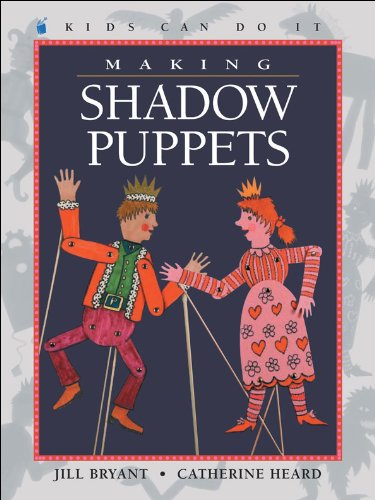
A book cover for Making Shadow Puppets (Kids Can Do It); Jill Bryant; Crafts, Hobbies & Home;